Document type: Sale
Year: 1461
Scribe: [Unknown]
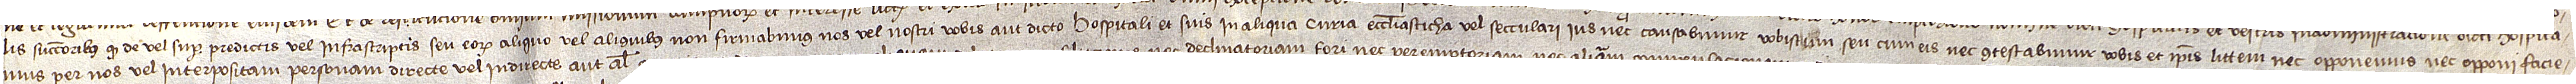
lis successoribus quod de vel super predictis vel infrascriptis seu eorum aliquo vel aliquibus non firmabimus nos vel nostri vobis aut dicto hospitali et suis in aliqua curia, ecclesiasticha vel secculari, ius, nec causabimur vobiscum seu cum eis nec contestabimur vobis et ipsis littem nec opponemus nec opponi facie-